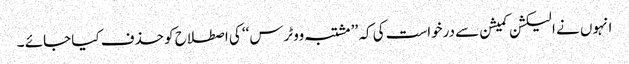
انہوں نے الیکشن کمیشن سے درخواست کی کہ ’’ مشتبہ ووٹرس‘‘ کی اصطلاح کو حذف کیا جائے ۔